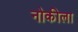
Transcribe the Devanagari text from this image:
नोकीला